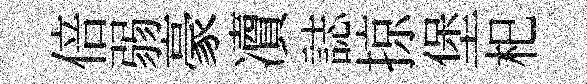
倍弱豪凟誌掠堡𣏌